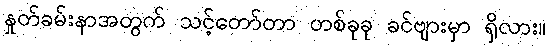
နှုတ်ခမ်းနာအတွက် သင့်တော်တာ တစ်ခုခု ခင်ဗျားမှာ ရှိလား။